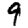
Digit: 9